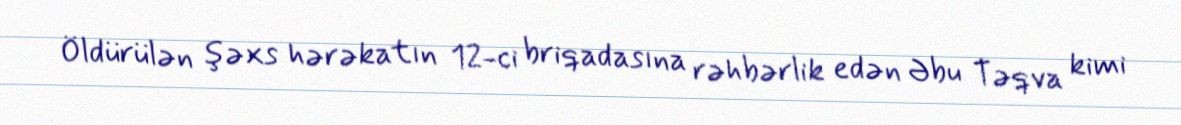
Öldürülən şəxs hərəkatın 12-ci briqadasına rəhbərlik edən Əbu Təqva kimi